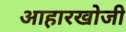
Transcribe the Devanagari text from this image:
आहारखोजी